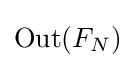
\operatorname {Out} (F_{N})